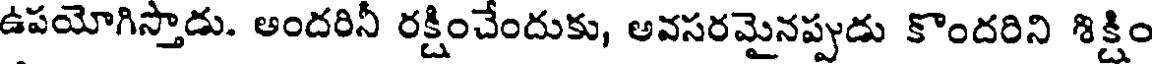
ఉపయోగిస్తాడు. అందరినీ రక్షించేందుకు, అవసరమైనప్పుడు కొందరిని శిక్షిం